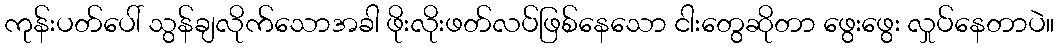
ကုန်းပတ်ပေါ် သွန်ချလိုက်သောအခါ ဖိုးလိုးဖတ်လပ်ဖြစ်နေသော ငါးတွေဆိုတာ ဖွေးဖွေး လှုပ်နေတာပဲ။